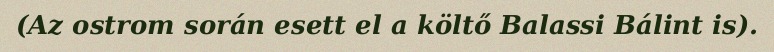
(Az ostrom során esett el a költő Balassi Bálint is).